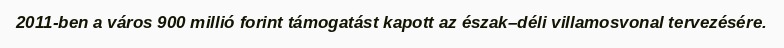
2011-ben a város 900 millió forint támogatást kapott az észak–déli villamosvonal tervezésére.